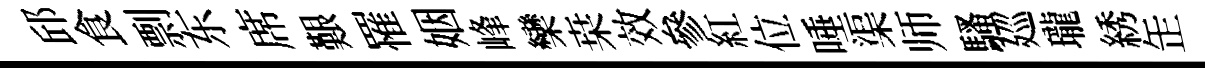
邱食剽东席艱罹姻峰欒桒效參紅位唾渠师騷廵瓏綉𦈢